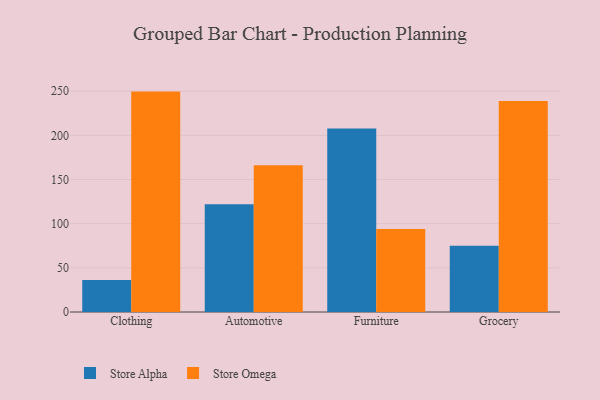
{"axis": {"x": "Category", "y": "Churn Rate (%)"}, "legend": ["Store Alpha", "Store Omega"], "data": [{"x": "Clothing", "y": 36.1, "type": "Store Alpha"}, {"x": "Clothing", "y": 249.5, "type": "Store Omega"}, {"x": "Automotive", "y": 121.9, "type": "Store Alpha"}, {"x": "Automotive", "y": 166.0, "type": "Store Omega"}, {"x": "Furniture", "y": 207.8, "type": "Store Alpha"}, {"x": "Furniture", "y": 94.1, "type": "Store Omega"}, {"x": "Grocery", "y": 75.1, "type": "Store Alpha"}, {"x": "Grocery", "y": 238.9, "type": "Store Omega"}]}